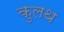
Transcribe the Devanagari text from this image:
कुलथ